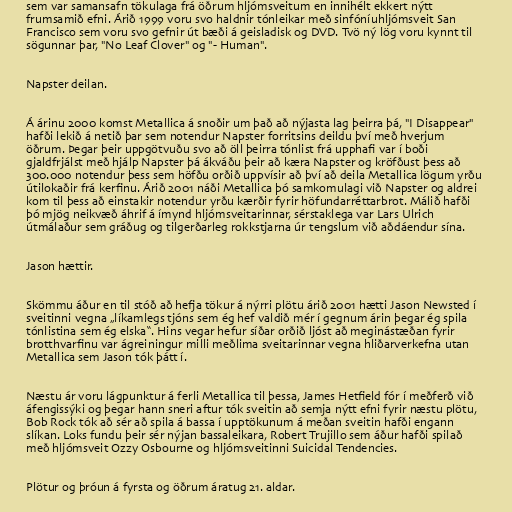
sem var samansafn tökulaga frá öðrum hljómsveitum en innihélt ekkert nýtt
frumsamið efni. Árið 1999 voru svo haldnir tónleikar með sinfóníuhljómsveit San
Francisco sem voru svo gefnir út bæði á geisladisk og DVD. Tvö ný lög voru kynnt til
sögunnar þar, "No Leaf Clover" og "- Human".

Napster deilan.

Á árinu 2000 komst Metallica á snoðir um það að nýjasta lag þeirra þá, "I Disappear"
hafði lekið á netið þar sem notendur Napster forritsins deildu því með hverjum
öðrum. Þegar þeir uppgötvuðu svo að öll þeirra tónlist frá upphafi var í boði
gjaldfrjálst með hjálp Napster þá ákváðu þeir að kæra Napster og kröfðust þess að
300.000 notendur þess sem höfðu orðið uppvísir að því að deila Metallica lögum yrðu
útilokaðir frá kerfinu. Árið 2001 náði Metallica þó samkomulagi við Napster og aldrei
kom til þess að einstakir notendur yrðu kærðir fyrir höfundarréttarbrot. Málið hafði
þó mjög neikvæð áhrif á ímynd hljómsveitarinnar, sérstaklega var Lars Ulrich
útmálaður sem gráðug og tilgerðarleg rokkstjarna úr tengslum við aðdáendur sína.

Jason hættir.

Skömmu áður en til stóð að hefja tökur á nýrri plötu árið 2001 hætti Jason Newsted í
sveitinni vegna „líkamlegs tjóns sem ég hef valdið mér í gegnum árin þegar ég spila
tónlistina sem ég elska“. Hins vegar hefur síðar orðið ljóst að meginástæðan fyrir
brotthvarfinu var ágreiningur milli meðlima sveitarinnar vegna hliðarverkefna utan
Metallica sem Jason tók þátt í.

Næstu ár voru lágpunktur á ferli Metallica til þessa, James Hetfield fór í meðferð við
áfengissýki og þegar hann sneri aftur tók sveitin að semja nýtt efni fyrir næstu plötu,
Bob Rock tók að sér að spila á bassa í upptökunum á meðan sveitin hafði engann
slíkan. Loks fundu þeir sér nýjan bassaleikara, Robert Trujillo sem áður hafði spilað
með hljómsveit Ozzy Osbourne og hljómsveitinni Suicidal Tendencies.

Plötur og þróun á fyrsta og öðrum áratug 21. aldar.